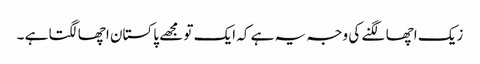
زیک اچھا لگنے کی وجہ یہ ہے کہ ایک تو مجھے پاکستان اچھا لگتا ہے ۔